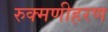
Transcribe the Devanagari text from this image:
रुक्मणीहरण